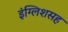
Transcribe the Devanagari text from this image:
इंग्लिशसह